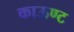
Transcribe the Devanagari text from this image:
काऊण्ट